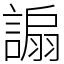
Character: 謆